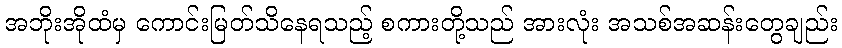
အဘိုးအိုထံမှ ကောင်းမြတ်သိနေရသည့် စကားတို့သည် အားလုံး အသစ်အဆန်းတွေချည်း